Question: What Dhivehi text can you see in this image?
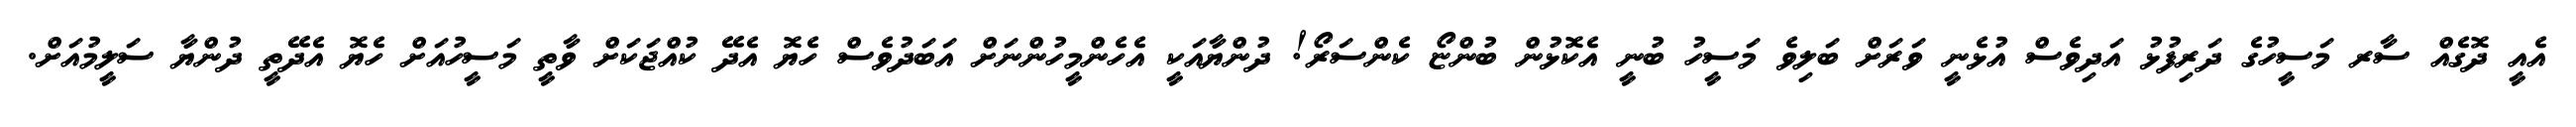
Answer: އެއީ ދޮގެއް ސާރ މަސީހުގެ ދަރިފުޅު އަދިވެސް އުޅެނީ ވަރަށް ބަލިވެ މަސީހު ބުނީ އެކޮޅުން ބުންޏޯ ކެންސަރޯ! ދުންޔާއަކީ އެހެންމީހުންނަށް އަބަދުވެސް ހެޔޮ އެދޭ ކުއްޖަކަށް ވާތީ މަސީހުއަށް ހެޔޮ އެދޭތީ ދުންޔާ ސަލީމުއަށް.